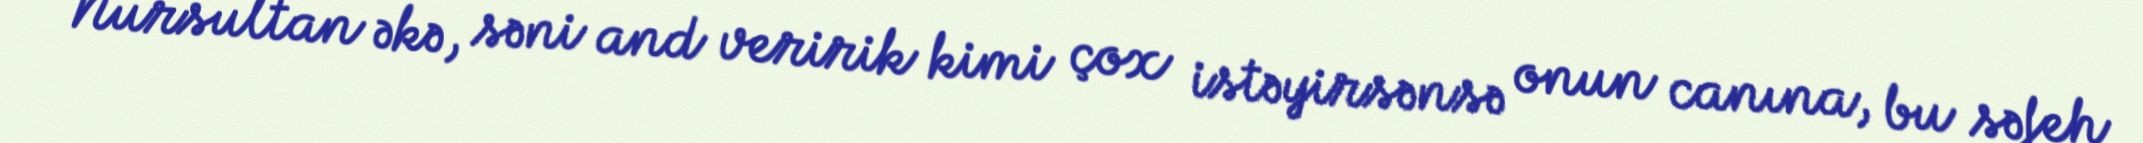
Nursultan əkə, səni and veririk kimi çox istəyirsənsə onun canına, bu səfeh